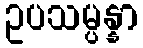
ဥပသမ္ပန္နာ